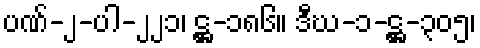
ပဏ်-၂-ပါ-၂၂၁၊ ဋ္ဌ-၁၈၆။ ဒီဃ-၁-ဋ္ဌ-၃၀၅၊